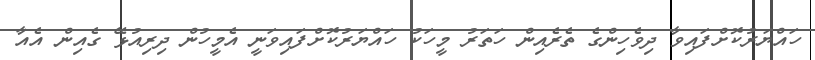
ހައްޔަރުކޮށްފައިވާ ދިވެހިންގެ ތެރެއިން ހަތަރު މީހަކު ހައްޔަރުކޮށްފައިވަނީ އެމީހުން ދިރިއުޅޭ ގެއިން އެއާ